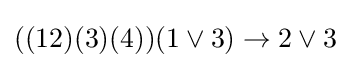
((12)(3)(4))(1\lor 3)\to 2\lor 3